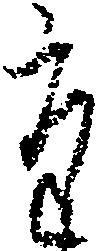
た